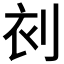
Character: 𠜆